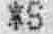
*S